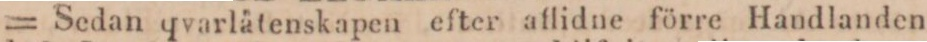
= Sedan qvarlåtenskapen efter aflidne förre Handlanden